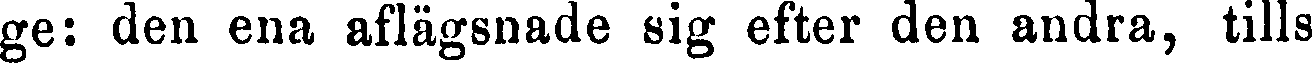
ge: den ena aflägsnade sig efter den andra, tills